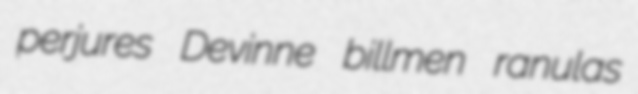
perjures Devinne billmen ranulas